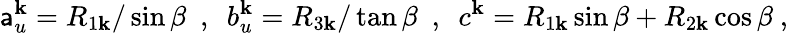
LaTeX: \mathsf{a}_{u}^{\mathbf{k}}=R_{1\mathbf{k}}/\sin\beta~~,~~b_{u}^{\mathbf{k}}=R_{3\mathbf{k}}/\tan\beta~~,~~c^{\mathbf{k}}=R_{1\mathbf{k}}\sin\beta+R_{2\mathbf{k}}\cos\beta~,